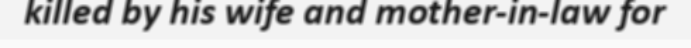
killed by his wife and mother-in-law for